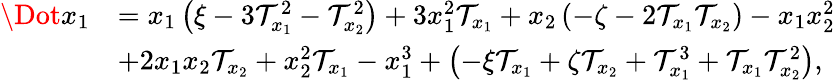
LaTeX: \begin{array}{rl}{\Dot{x_{1}}}&{=x_{1}\left(\xi-3\mathcal{T}_{x_{1}}^{2}-\mathcal{T}_{x_{2}}^{2}\right)+3x_{1}^{2}\mathcal{T}_{x_{1}}+x_{2}\left(-\zeta-2\mathcal{T}_{x_{1}}\mathcal{T}_{x_{2}}\right)-x_{1}x_{2}^{2}}\\ &{+2x_{1}x_{2}\mathcal{T}_{x_{2}}+x_{2}^{2}\mathcal{T}_{x_{1}}-x_{1}^{3}+\left(-\xi\mathcal{T}_{x_{1}}+\zeta\mathcal{T}_{x_{2}}+\mathcal{T}_{x_{1}}^{3}+\mathcal{T}_{x_{1}}\mathcal{T}_{x_{2}}^{2}\right),}\end{array}